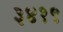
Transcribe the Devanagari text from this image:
३४१९